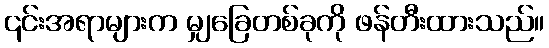
၎င်းအရာများက မျှခြေတစ်ခုကို ဖန်တီးထားသည်။